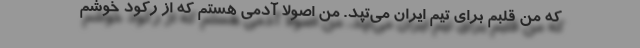
که من قلبم برای تیم ایران می‌تپد. من اصولا آدمی هستم که از رکود خوشم